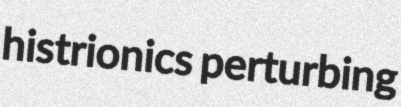
histrionics perturbing